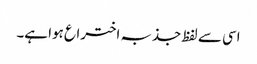
اسی سے لفظ جذبہ اختراع ہوا ہے۔